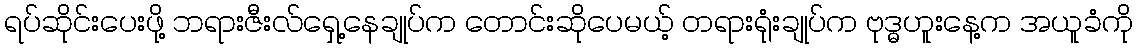
ရပ်ဆိုင်းပေးဖို့ ဘရားဇီးလ်ရှေ့နေချုပ်က တောင်းဆိုပေမယ့် တရားရုံးချုပ်က ဗုဒ္ဓဟူးနေ့က အယူခံကို